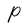
Character: P